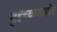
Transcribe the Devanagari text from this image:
गुहेच्यासमोर